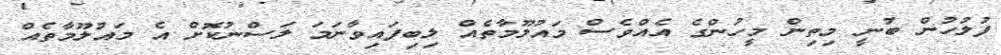
ފުލުހުން ބުނީ މިތިން މީހުންގެ އެއްވެސް މައުލޫމާތެއް ލިބިފައިވާނަމަ ލަސްނުކޮށް އެ މައުލޫމާތެއް